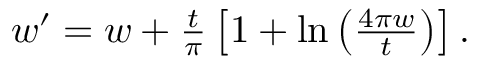
\begin{array} { r } { w ^ { \prime } = w + \frac { t } { \pi } \left[ 1 + \ln \left( \frac { 4 \pi w } { t } \right) \right] . } \end{array}